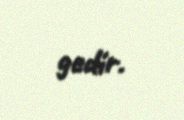
gedir.